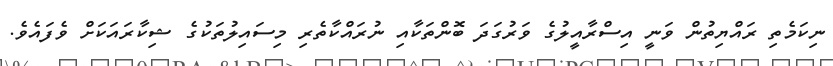
ނިކަމެތި ރައްޔިތުން ވަނީ އިސްރާއީލުގެ ވަރުގަދަ ބޮންތަކާއި ނުރައްކާތެރި މިސައިލުތަކުގެ ޝިކާރައަކަށް ވެފައެވެ.